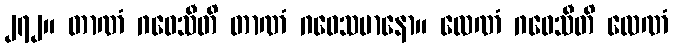
၂၇၂။ တာဏံ ဂဝေသီတိ တာဏံ ဂဝေသမာနော။ လေဏံ ဂဝေသီတိ လေဏံ